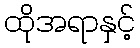
ထိုအရာနှင့်